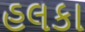
હલકા